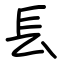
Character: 镸